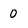
Character: 0